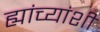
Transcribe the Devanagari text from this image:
ह्यांच्यांशी